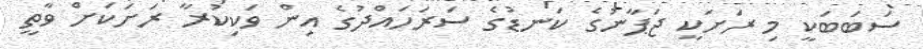
ސަބަބަކީ މި ރަށަކީ ޖަޕާނުގެ ކަނޑުގެ ސަރަހައްދުގެ އިން ވަކިކުރާ ރަށަކަށް ވާތީ